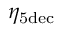
\eta _ { \mathrm { 5 d e c } }